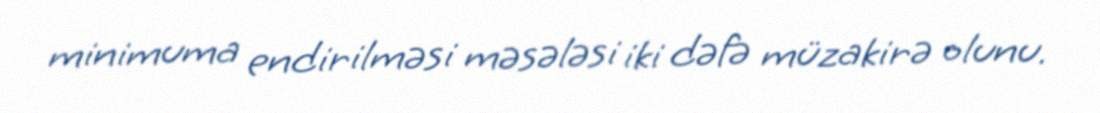
minimuma endirilməsi məsələsi iki dəfə müzakirə olunu.